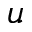
u